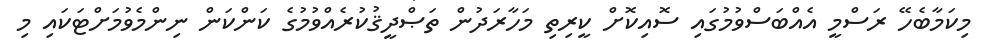
މިކަމާބެހޭ ރަސްމީ އެއްބަސްވުމުގައި ސޮއިކޮށް ކީރިތި މަހާރަދުން ތަޞްދީޤުކުރެއްވުމުގެ ކަންކަން ނިންމެވުމަށްޓަކައި މި